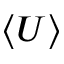
\langle U \rangle